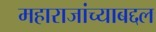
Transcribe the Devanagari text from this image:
महाराजांच्याबद्दल